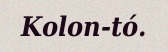
Kolon-tó.